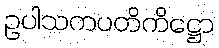
ဥပါသကပတိကိဋ္ဌော